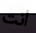
أنت